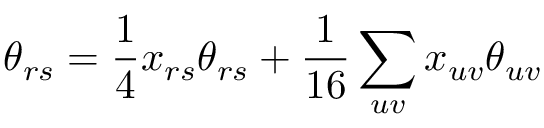
\theta _ { r s } = \frac { 1 } { 4 } x _ { r s } \theta _ { r s } + \frac { 1 } { 1 6 } \sum _ { u v } x _ { u v } \theta _ { u v }